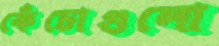
কেঁচোগুলো